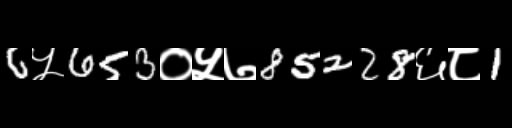
Text: 6५653०५७85228६८1